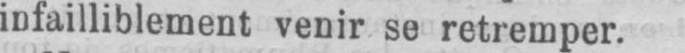
infailliblement venir se retremper.